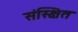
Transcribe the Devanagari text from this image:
संस्क्षित